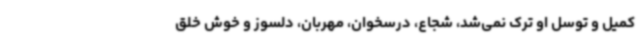
کمیل و توسل او ترک نمی‌شد، شجاع، درسخوان، مهربان، دلسوز و خوش خلق